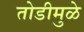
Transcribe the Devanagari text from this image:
तोडीमुळे